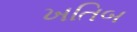
ખતિબ